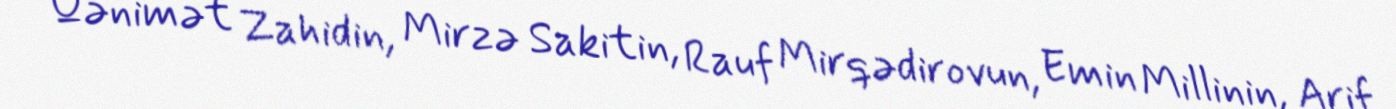
Qənimət Zahidin, Mirzə Sakitin, Rauf Mirqədirovun, Emin Millinin, Arif